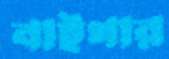
বাইগার